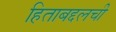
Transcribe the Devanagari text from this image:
हिताबद्दलची